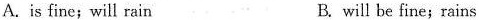
A.is fine;will rain B. will be fine;rains